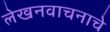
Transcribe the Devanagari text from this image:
लेखनवाचनाचे